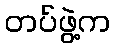
တပ်ဖွဲ့က